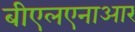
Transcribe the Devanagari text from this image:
बीएलएनाआर